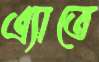
এ্যাতে